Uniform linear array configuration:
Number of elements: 8
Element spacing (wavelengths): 0.5
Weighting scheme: cosine
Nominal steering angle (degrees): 30
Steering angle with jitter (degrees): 28.936
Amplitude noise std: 0.05
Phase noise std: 0.05

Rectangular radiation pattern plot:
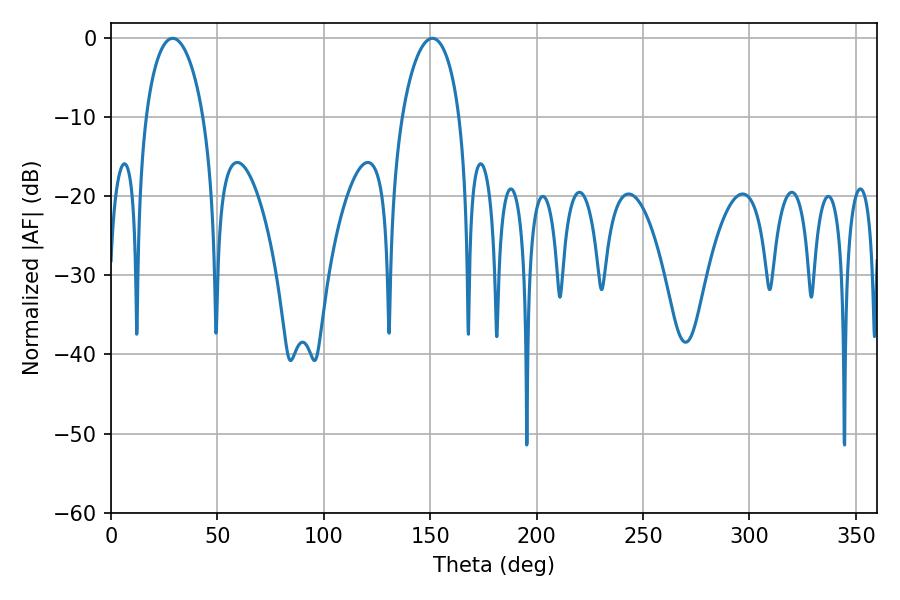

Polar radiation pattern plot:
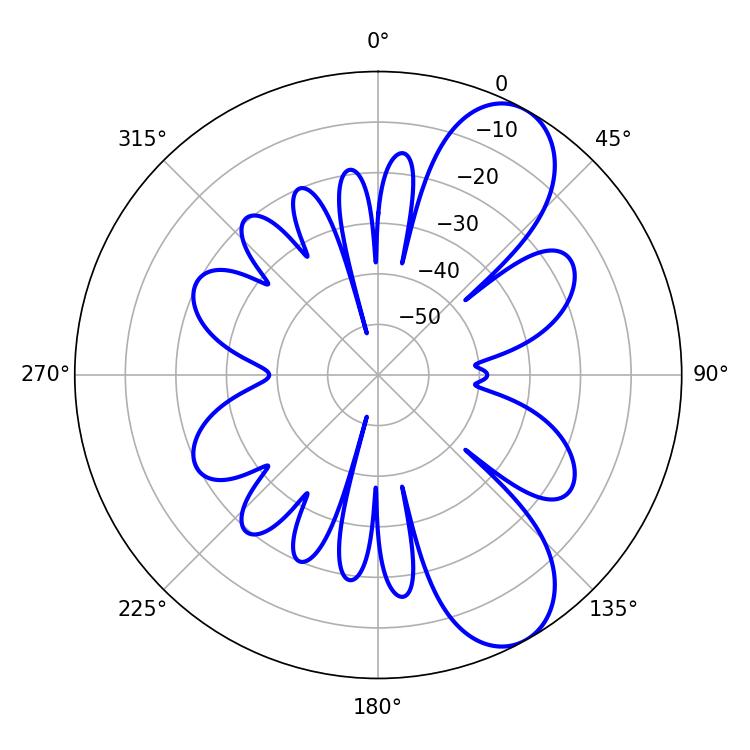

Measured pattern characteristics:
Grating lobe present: FALSE
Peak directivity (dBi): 8.578
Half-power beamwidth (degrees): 15.48
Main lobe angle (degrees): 28.98